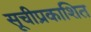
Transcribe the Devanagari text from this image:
सूचीप्रकाशित